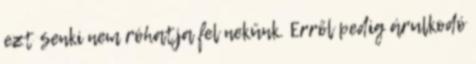
ezt senki nem róhatja fel nekünk. Erről pedig árulkodó